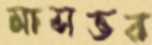
মাসভর